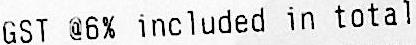
GST @6% INCLUDED IN TOTAL